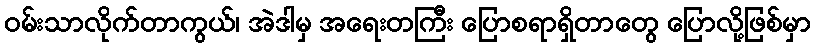
ဝမ်းသာလိုက်တာကွယ်၊ အဲဒါမှ အရေးတကြီး ပြောစရာရှိတာတွေ ပြောလို့ဖြစ်မှာ